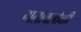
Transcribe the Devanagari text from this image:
गतावलोकी